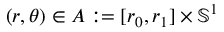
( r , \theta ) \in A : = [ r _ { 0 } , r _ { 1 } ] \times \mathbb { S } ^ { 1 }